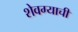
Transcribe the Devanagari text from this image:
शेवग्याची